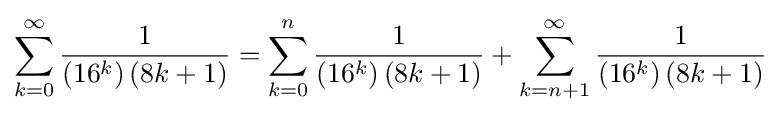
\sum _{k=0}^{\infty }{\frac {1}{\left(16^{k}\right)(8k+1)}}=\sum _{k=0}^{n}{\frac {1}{\left(16^{k}\right)(8k+1)}}+\sum _{k=n+1}^{\infty }{\frac {1}{\left(16^{k}\right)(8k+1)}}